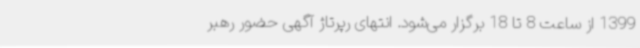
1399 از ساعت 8 تا 18 برگزار می‌شود. انتهای رپرتاژ آگهی حضور رهبر